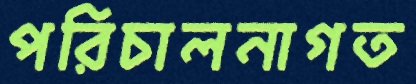
পরিচালনাগত